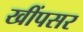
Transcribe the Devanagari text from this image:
खींपसर